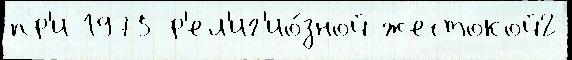
пр'и 1975 р'ел'иг'ио́зной жестокой2